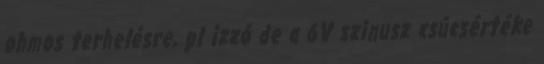
ohmos terhelésre, pl izzó de a 6V szinusz csúcsértéke